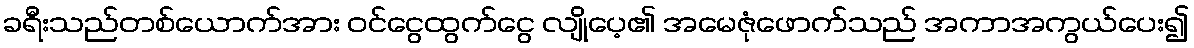
ခရီးသည်တစ်ယောက်အား ဝင်ငွေထွက်ငွေ လျိုပေ့၏ အမေဇုံဖောက်သည် အကာအကွယ်ပေး၍